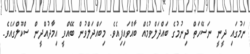
ނަމުގައި ދީނީ ނަސޭހަތް ދިނުމުގެ ބައްދަލްވުމެއް ބާއްވައިފިއެވެ. މިބައްދަލްވުން ބޭއްވީ އިމާދުއްދީން ސްކޫލްގައެވެ.